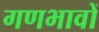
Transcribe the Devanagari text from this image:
गणभावों